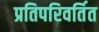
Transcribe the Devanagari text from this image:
प्रतिपरिवर्तित